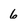
Character: 6